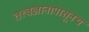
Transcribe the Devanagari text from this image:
तत्त्वज्ञानापासूनच